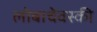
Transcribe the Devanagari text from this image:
लोबाचेवस्की